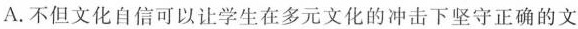
A.不但文化自信可以让学生在多元文化的冲击下坚守正确的文